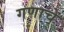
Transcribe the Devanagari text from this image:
गणाचे